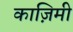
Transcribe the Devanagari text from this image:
काज़िमी